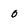
Character: 0